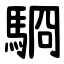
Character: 䮐